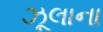
ઝૂલાના